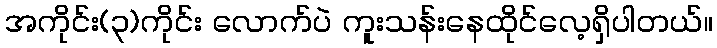
အကိုင်း(၃)ကိုင်း လောက်ပဲ ကူးသန်းနေထိုင်လေ့ရှိပါတယ်။